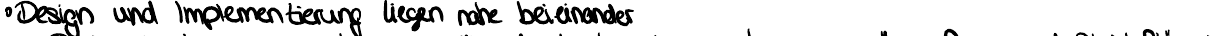
Design und Implementierung liegen nahe beieinander